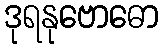
ဒုရနုဗောဓော